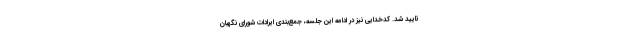
تایید شد. کدخدایی نیز در ادامه این جلسه، جمع‌بندی ایرادات شورای نگهبان